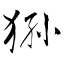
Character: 狲